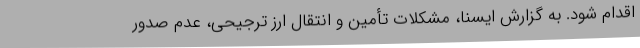
اقدام شود. به گزارش ایسنا، مشکلات تأمین و انتقال ارز ترجیحی، عدم صدور